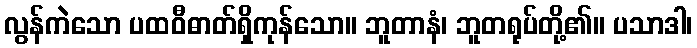
လွန်ကဲသော ပထဝီဓာတ်ရှိကုန်သော။ ဘူတာနံ၊ ဘူတရုပ်တို့၏။ ပသာဒါ၊